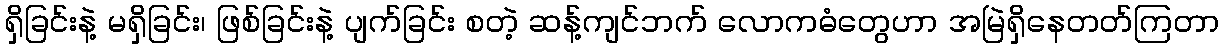
ရှိခြင်းနဲ့ မရှိခြင်း၊ ဖြစ်ခြင်းနဲ့ ပျက်ခြင်း စတဲ့ ဆန့်ကျင်ဘက် လောကဓံတွေဟာ အမြဲရှိနေတတ်ကြတာ